65_HS1-834228961_62-HQ-83894_Section_6
Agency: FBI
Page 165
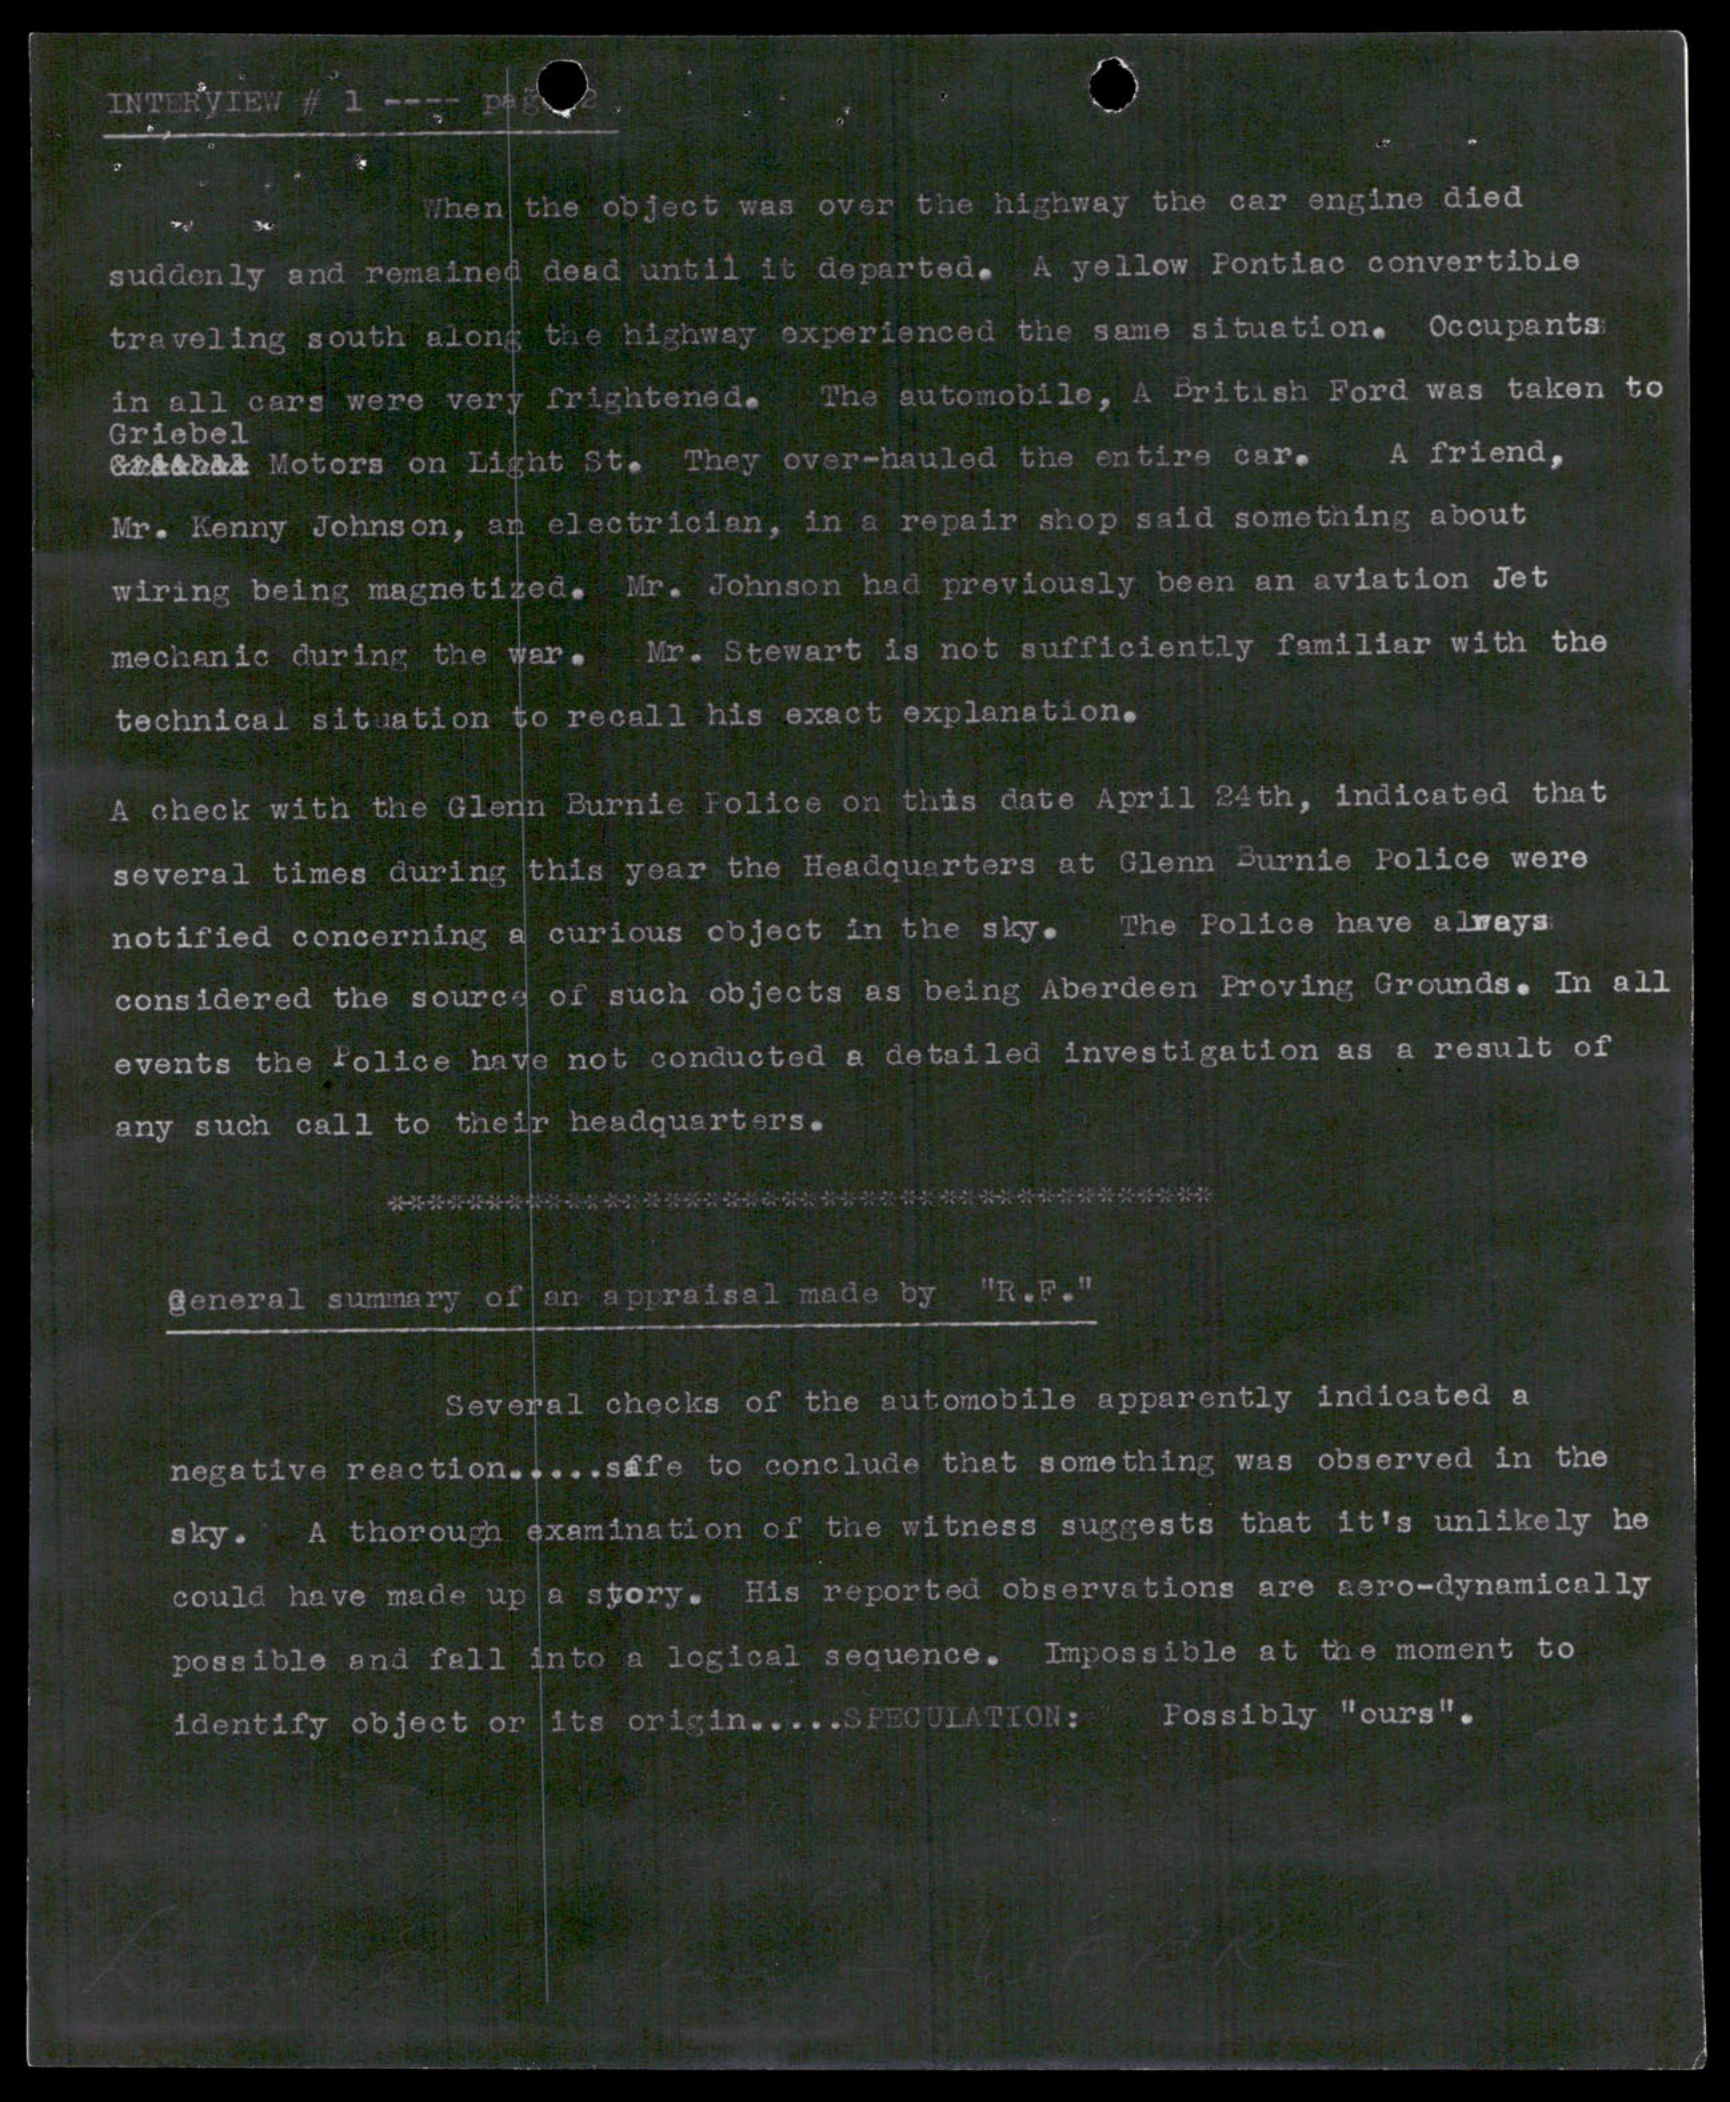